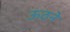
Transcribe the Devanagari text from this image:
ऊठने